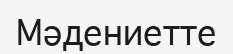
Мәдениетте